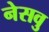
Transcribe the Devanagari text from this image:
नेसवु